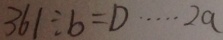
3 6 1 \div b = D \cdots 2 a